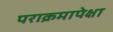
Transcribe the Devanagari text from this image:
पराक्रमापेक्षा